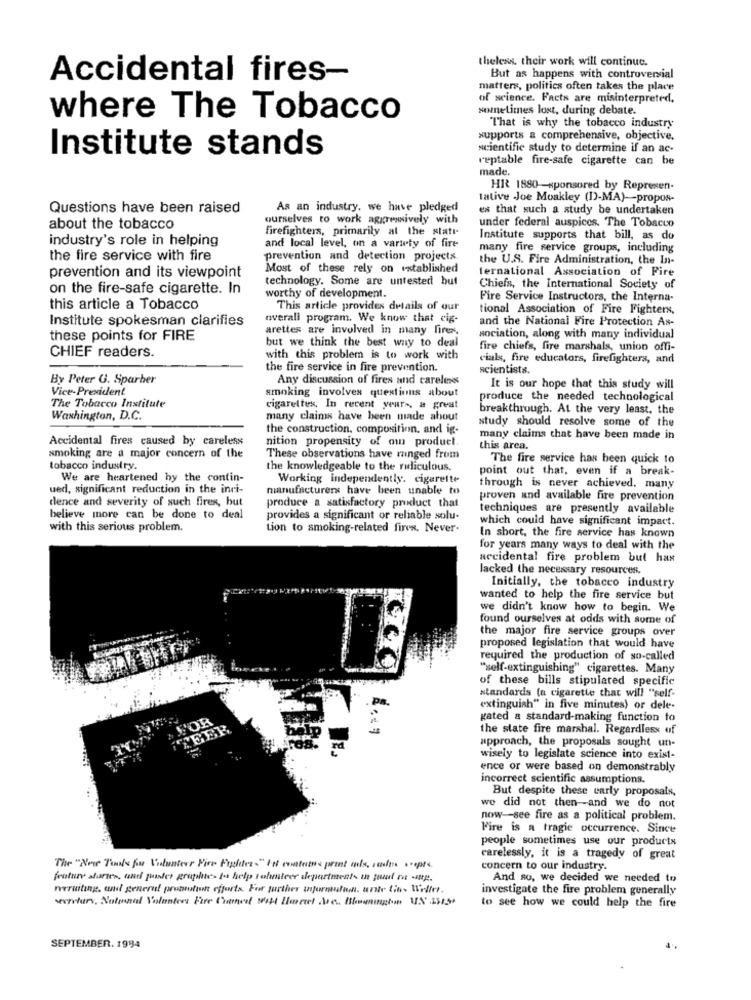
theless, their work will continue.
Accidental fires-
But as happens with controversial
matters, politics often takes the place
of science. Facts are misinterpreted.
sometimes lost, during debate.
where The Tobacco
That is why the tobacco industry
xupports a comprehensive, objective.
Institute stands
scientific study to determine if an ac-
reptable fire-safe cigarette can be
made.
HR 1880-sponsored by Represen-
tative Joe Moakley (1)-MA) -- propos-
Questions have been raised
As an industry, we have pledged
es that such a study be undertaken
ourselves to work aggressively with
under federal auspices. The Tobacco
about the tobacco
firefighters, primarily at the state
industry's role in helping
and local level, on a variety of fire
Institute supports that bill, as do
many fire service groups, including
the fire service with fire
prevention and detection projects
the U.S. Fire Administration, the In-
prevention and its viewpoint
Most of these rely on established
ternational Association of Fire
technology. Some are untested but
on the fire-safe cigarette. In
worthy of development.
Chiefs, the International Society of
Fire Service Instructors, the Interna-
this article a Tobacco
This article provides details of our
tional Association of Fire Fighters,
Institute spokesman clarifies
overall program. We know that cig-
and the National Fire Protection As-
arettes are involved in many firex.
these points for FIRE
but we think the best way to deal
sociation, along with many individual
fire chiefs, fire marshals, union offi-
CHIEF readers.
with this problem is to work with
cials, fire educators, firefighters, and
the fire service in fire prevention.
scientists.
By Peter G. Sparber
Any discussion of fires and careless
Vice-President
It is our hope that this study will
smoking involves questions about
produce the needed technological
The Tobacco Institute
cigarettes, In recent years, a great
breakthrough. At the very least. the
Washington, D.C.
many claims have been made about
study should resolve some of the
the construction, composition, and ig-
Accidental fires caused by careless
nition propensity of own product.
many claims that have been made in
this area.
smoking are a major concern of the
These observations have ranged from
The fire service has been quick to
tobacco industry.
the knowledgeable to the ridiculous.
point out that, even if a break-
We are heartened by the contin-
Working independently. cigarette
ued, significant reduction in the inci-
manufacturers have been unable to
through is never achieved. many
dence and severity of such fires, but
proven and available fire prevention
produce a satisfactory product that
techniques are presently available
believe more can be done to deal
provides a significant or reliable solu-
which could have significant impact.
with this serious problem.
Lion to smoking-related fires, Never.
In short, the fire service has known
for years many ways to deal with the
accidental fire problem but has
lacked the necessary resources.
Initially, the tobacco industry
wanted to help the fire service but
we didn't know how to begin. We
found ourselves at odds with some of
the major fire service groups over
proposed legislation that would have
required the production of so-called
"self-extinguishing" cigarettes. Many
of these bills stipulated specific
standards (a cigarette that will "self-
extinguish" in five minutes) or dele-
VOR
gated a standard-making function to
the state fire marshal. Regardless of
approach, the proposals sought un-
wisely to legislate science into exist-
ence or were based on demonstrably
incorrect scientific assumptions.
But despite these carly proposals,
we did not then and we do not
now-see fire as a political problem.
Fire is a tragie occurrence. Since
people sometimes use our products
carelessly, it is a tragedy of great
The "Now Tifs four Volunteer Fire Fighter-" Fil enaturns print mus, rams sept ..
concern to our industry.
And so, we decided we needed to
neruiting, and general promultun efforts. For further informutan. unte Lin, Weller.
investigate the fire problem generally
sevilen, Notunal Volantees Fire Chanel will Harriet Are. Blowingin UN SMS
to see how we could help the fire
SEPTEMBER. 1994